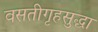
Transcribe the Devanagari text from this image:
वसतीगृहसुद्धा